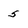
Character: 5